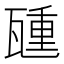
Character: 𬎮